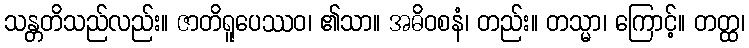
သန္တတိသည်လည်း။ ဇာတိရူပေဿဝ၊ ၏သာ။ အဓိဝစနံ၊ တည်း။ တသ္မာ၊ ကြောင့်။ တတ္ထ၊